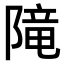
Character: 𨻫